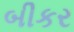
બીકર